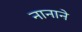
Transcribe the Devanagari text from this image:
नानाने